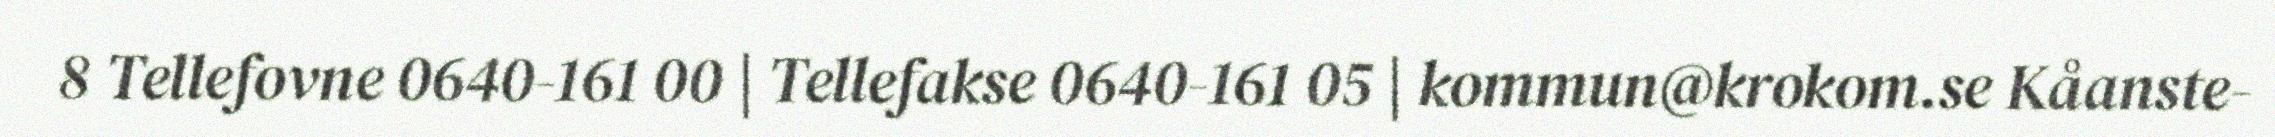
8 Tellefovne 0640-161 00 | Tellefakse 0640-161 05 | kommun@krokom.se Kåanste-